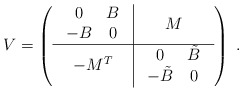
\begin{align*}V=\left(\begin{array}{c|c}\begin{array}{cc}0 & B \\-B & 0 \\\end{array} & M \\ \hline- M^T & \begin{array}{cc}0 & \tilde B \\-\tilde B & 0 \\\end{array}\end{array}\right)\;.\end{align*}